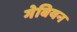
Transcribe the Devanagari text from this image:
गेबियन